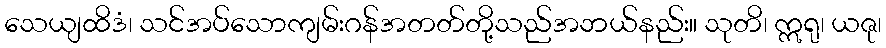
သေယျထိဒံ၊ သင်အပ်သောကျမ်းဂန်အတတ်တို့သည်အဘယ်နည်း။ သုတိ၊ ဣရု၊ ယဇု၊